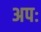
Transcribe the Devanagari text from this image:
अपः